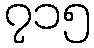
၇၁၅